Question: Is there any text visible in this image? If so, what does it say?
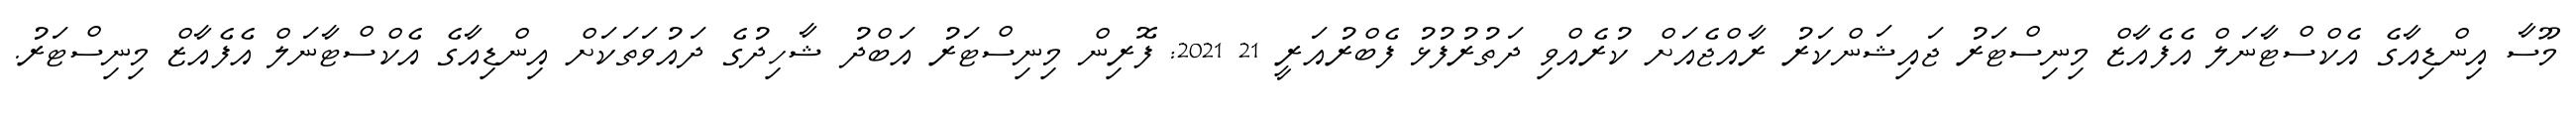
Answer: މޫސާ އިންޑިއާގެ އެކްސްޓާނަލް އެފެއާޒް މިނިސްޓަރު ޖައިޝަންކަރު ރާއްޖެއަށް ކުރެއްވި ދަތުރުފުޅު ފެބްރުއަރީ 21 2021: ފޮރިން މިނިސްޓަރު އަބްދު ޝާހިދުގެ ދައުވަތަކަށް އިންޑިއާގެ އެކްސްޓާނަލް އެފެއާޒް މިނިސްޓަރު.